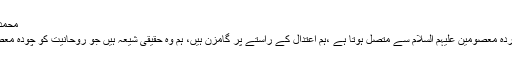
محمد بشیر اس حوالے سے کہتے ہیں :
ہمارا سلسلہ منقطع ہوئے بغیر چہاردہ معصومین علیہم السلام سے متصل ہوتا ہے ،ہم اعتدال کے راستے پر گامزن ہیں، ہم وہ حقیقی شیعہ ہیں جو روحانیت کو چودہ معصومین علیہم السلام سے لیتے ہیں ۔